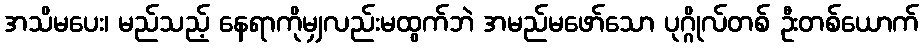
အသိမပေး၊ မည်သည့် နေရာကိုမျှလည်းမထွက်ဘဲ အမည်မဖော်သော ပုဂ္ဂိုလ်တစ် ဦးတစ်ယောက်